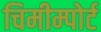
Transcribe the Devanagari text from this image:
चिमीम्पोर्ट